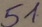
Text: 51